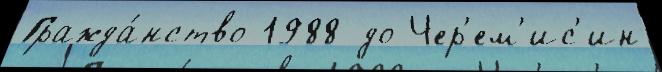
Гражда́нство 1988 до Чер'ем'ис'ин